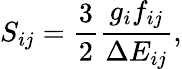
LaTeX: S_{ij}=\frac{3}{2}\frac{g_{i}f_{ij}}{\Delta E_{ij}},